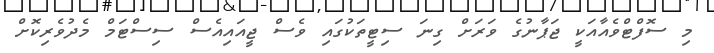
މި ސޮފްޓްވެއާއަކީ ޖަޕާނުގެ ވަރަށް ގިނަ ސިޓީތަކުގައި ވެސް ޖީއައިއެސް ސިސްޓަމް މެދުވެރިކޮށް